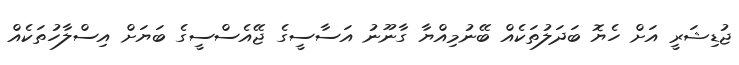
ޖުޑިޝަރީ އަށް ހެޔޮ ބަދަލުތަކެއް ބޭނުމިއްޔާ ގާނޫނު އަސާސީގެ ޖޭއެސްސީގެ ބަޔަށް އިސްލާހުތަކެއް